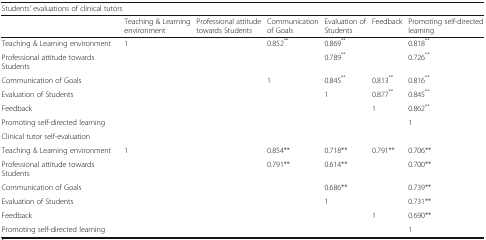
<table><thead><tr><td colspan="7"><b>Students’ evaluations of clinical tutors</b></td></tr><tr><td>[EMPTY_CELL]</td><td><b>Teaching &amp; Learning environment</b></td><td><b>Professional attitude towards Students</b></td><td><b>Communication of Goals</b></td><td><b>Evaluation of Students</b></td><td><b>Feedback</b></td><td><b>Promoting self-directed learning</b></td></tr></thead><tbody><tr><td>Teaching &amp; Learning environment</td><td>1</td><td>[EMPTY_CELL]</td><td>0.852<sup>**</sup></td><td>0.869<sup>**</sup></td><td>[EMPTY_CELL]</td><td>0.818<sup>**</sup></td></tr><tr><td>Professional attitude towards Students</td><td>[EMPTY_CELL]</td><td>[EMPTY_CELL]</td><td>[EMPTY_CELL]</td><td>0.789<sup>**</sup></td><td>[EMPTY_CELL]</td><td>0.726<sup>**</sup></td></tr><tr><td>Communication of Goals</td><td>[EMPTY_CELL]</td><td>[EMPTY_CELL]</td><td>1</td><td>0.845<sup>**</sup></td><td>0.813<sup>**</sup></td><td>0.816<sup>**</sup></td></tr><tr><td>Evaluation of Students</td><td>[EMPTY_CELL]</td><td>[EMPTY_CELL]</td><td>[EMPTY_CELL]</td><td>1</td><td>0.877<sup>**</sup></td><td>0.845<sup>**</sup></td></tr><tr><td>Feedback</td><td>[EMPTY_CELL]</td><td>[EMPTY_CELL]</td><td>[EMPTY_CELL]</td><td>[EMPTY_CELL]</td><td>1</td><td>0.862<sup>**</sup></td></tr><tr><td>Promoting self-directed learning</td><td>[EMPTY_CELL]</td><td>[EMPTY_CELL]</td><td>[EMPTY_CELL]</td><td>[EMPTY_CELL]</td><td>[EMPTY_CELL]</td><td>1</td></tr><tr><td colspan="7">Clinical tutor self-evaluation</td></tr><tr><td>Teaching &amp; Learning environment</td><td>1</td><td>[EMPTY_CELL]</td><td>0.854**</td><td>0.718**</td><td>0.791**</td><td>0.706**</td></tr><tr><td>Professional attitude towards Students</td><td>[EMPTY_CELL]</td><td>[EMPTY_CELL]</td><td>0.791**</td><td>0.614**</td><td>[EMPTY_CELL]</td><td>0.700**</td></tr><tr><td>Communication of Goals</td><td>[EMPTY_CELL]</td><td>[EMPTY_CELL]</td><td>[EMPTY_CELL]</td><td>0.686**</td><td>[EMPTY_CELL]</td><td>0.739**</td></tr><tr><td>Evaluation of Students</td><td>[EMPTY_CELL]</td><td>[EMPTY_CELL]</td><td>[EMPTY_CELL]</td><td>1</td><td>[EMPTY_CELL]</td><td>0.731**</td></tr><tr><td>Feedback</td><td>[EMPTY_CELL]</td><td>[EMPTY_CELL]</td><td>[EMPTY_CELL]</td><td>[EMPTY_CELL]</td><td>1</td><td>0.690**</td></tr><tr><td>Promoting self-directed learning</td><td>[EMPTY_CELL]</td><td>[EMPTY_CELL]</td><td>[EMPTY_CELL]</td><td>[EMPTY_CELL]</td><td>[EMPTY_CELL]</td><td>1</td></tr></tbody></table>